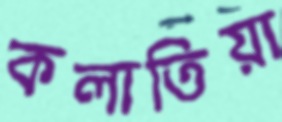
কলাতিয়া